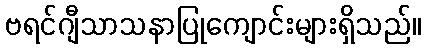
ဗရင်ဂျီသာသနာပြုကျောင်းများရှိသည်။